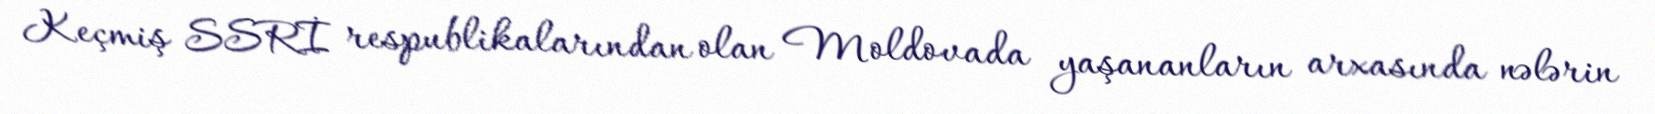
Keçmiş SSRİ respublikalarından olan Moldovada yaşananların arxasında nələrin